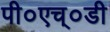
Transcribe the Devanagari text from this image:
पी०एच्०डी